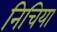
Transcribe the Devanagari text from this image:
निचिया